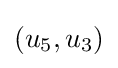
(u_{5},u_{3})